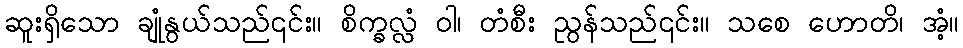
ဆူးရှိသော ချုံနွယ်သည်၎င်း။ စိက္ခလ္လံ ဝါ၊ တံစီး ညွန်သည်၎င်း။ သစေ ဟောတိ၊ အံ့။